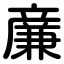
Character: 亷